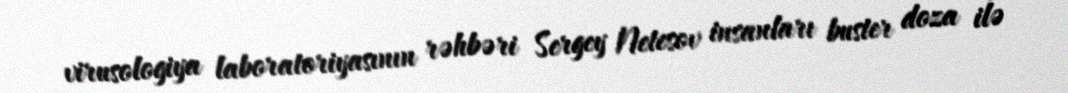
virusologiya laboratoriyasının rəhbəri Sergey Netesov insanları buster doza ilə